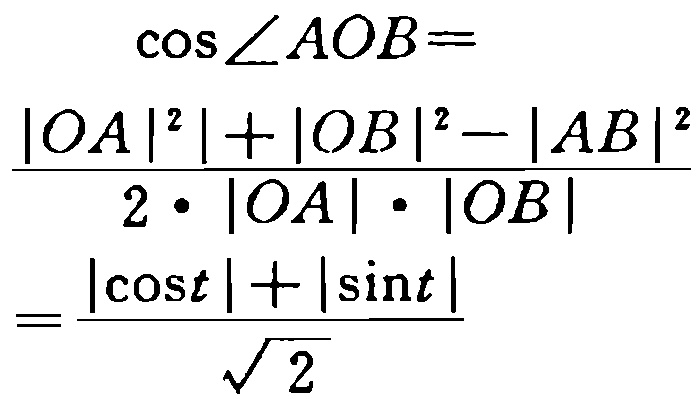
\[\begin{align*}
\cos\angle AOB&=\\
\frac{|OA|^{2}| + |OB|^{2}-|AB|^{2}}{2\cdot|OA|\cdot|OB|}&=\\
\frac{|\cos t|+|\sin t|}{\sqrt{2}}
\end{align*}\]